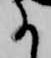
に